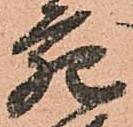
宛